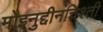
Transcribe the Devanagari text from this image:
मोइनुद्दीनचिश्ती